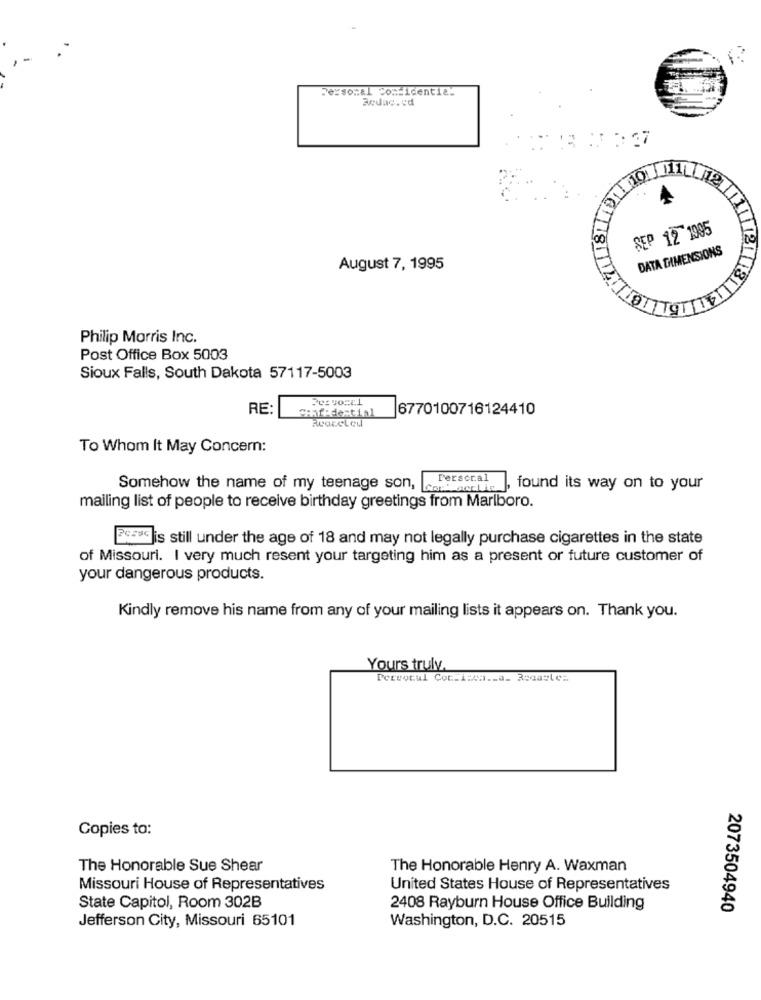
Personal Confidential
SEP 12 1995
DATA DIMENSIONS
August 7, 1995
Philip Morris Inc.
Post Office Box 5003
Sioux Falls, South Dakota 57117-5003
RE:
confidential
6770100716124410
To Whom It May Concern:
Perscral
Somehow the name of my teenage son, can occhia.
found its way on to your
mailing list of people to receive birthday greetings from Marlboro.
PeFC is still under the age of 18 and may not legally purchase cigarettes in the state
of Missouri. I very much resent your targeting him as a present or future customer of
your dangerous products.
Kindly remove his name from any of your mailing lists it appears on. Thank you.
Yours truly.
Pervocal Coc.1:ca ._ a_ 3seasles
Copies to:
The Honorable Sue Shear
The Honorable Henry A. Waxman
Missouri House of Representatives
United States House of Representatives
State Capitol, Room 302B
2408 Rayburn House Office Building
2073504940
Jefferson City, Missouri 65101
Washington, D.C. 20515